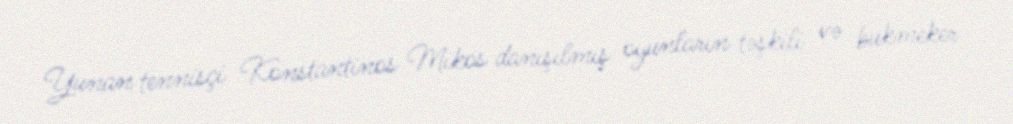
Yunan tennisçi Konstantinos Mikos danışılmış oyunların təşkili və bukmeker